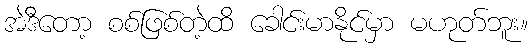
အဲဒီတော့ စစ်ဖြစ်တဲ့ထိ ခေါင်းမာနိုင်မှာ မဟုတ်ဘူး။